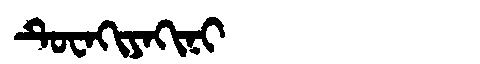
Manchu: ᡨᡠᠸᠠᡴᡳᠶᠠᡴᡳᠨᡳ
Romanization: TUWAKIYAKINI